画像に写った文字を読んでください
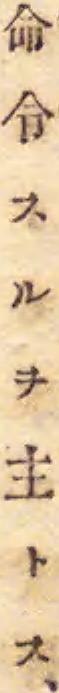
「命令スルヲ主トス、」と書いてあります